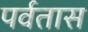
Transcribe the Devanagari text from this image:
पर्वतास